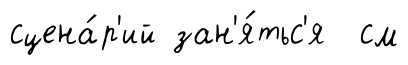
сцена́р'ий зан'я́тьс'я см